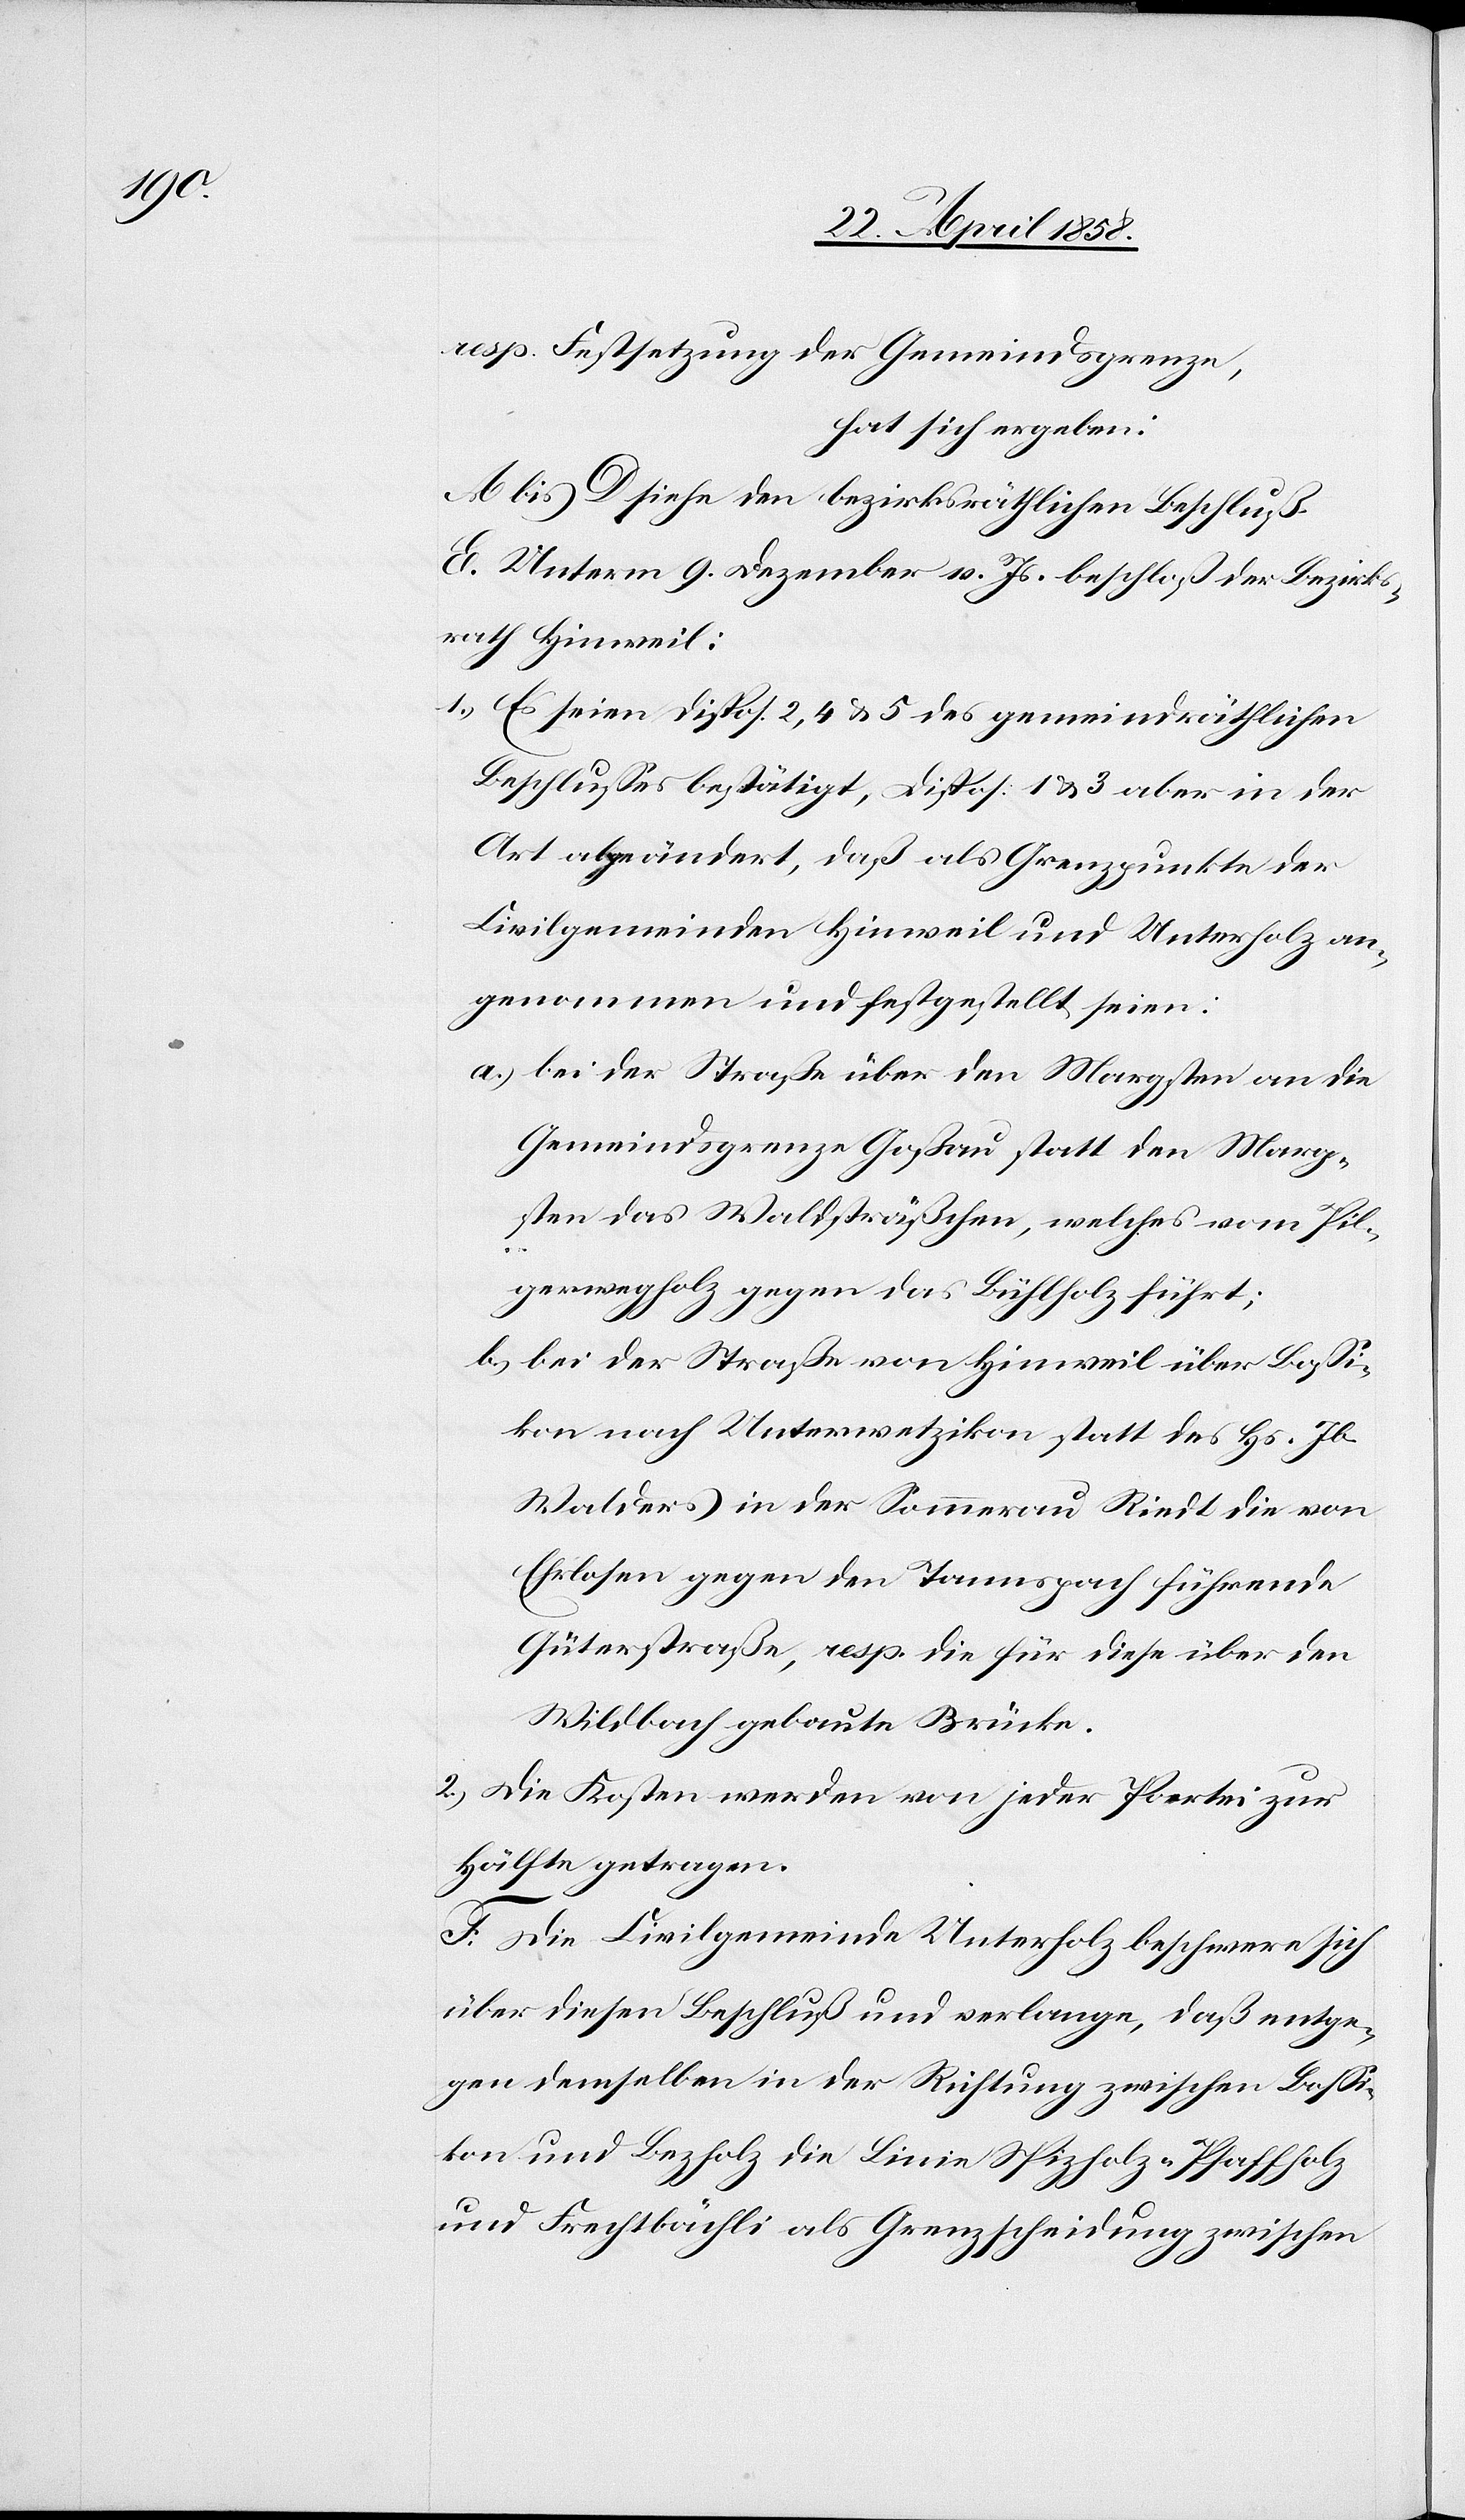
resp. Festsetzung der Gemeindsgrenze,
hat sich ergeben:
A bis D siehe den bezirksräthlichen Beschluß.
E. Unterm 9. Dezember v. Js. beschloß der Bezirks¬
rath Hinweil:
1. Es seien Dispos. 2, 4 u. 5 des gemeindräthlichen
Beschlusses bestätigt, Dispos. 1 u. 3 aber in der
Art abgeändert, daß als Grenzpunkte der
Civilgemeinden Hinweil und Unterholz an¬
genommen und festgestellt seien:
a) bei der Straße über den Margsten an die
Gemeindsgrenze Goßau statt den Marg¬
sten das des Waldsträßchen, welches vom Pil¬
gerwegholz gegen das Bühlholz führt;
b) bei der Straße von Hinweil über Bossi¬
kon nach Unterwetzikon statt des Hs. Jb.
Walders in der Sommerau Riedt die von
Ehrlosen gegen den Tannspach führende
Güterstraße, resp. die für diese über den
Wildbach gebaute Brücke.
2. Die Kosten werden von jeder Partei zur
Hälfte getragen.
F. Die Civilgemeinde Unterholz beschwere sich
über diesen Beschluß und verlange, daß entge¬
gen demselben in der Richtung zwischen Bossi¬
kon und Bezholz die Linie Spizholz-Pfaffholz
und Frechtbächli als Grenzscheidung zwischen